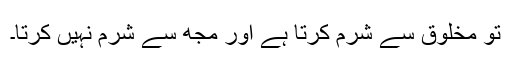
تو مخلوق سے شرم کرتا ہے اور مجھ سے شرم نہیں کرتا۔